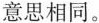
意思相同。